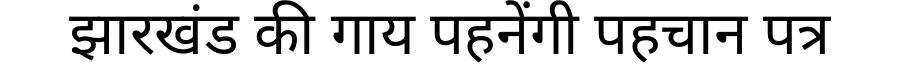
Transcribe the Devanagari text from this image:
झारखंड की गाय पहनेंगी पहचान पत्र